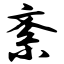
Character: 紊